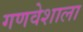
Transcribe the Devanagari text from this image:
गणवेशाला